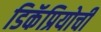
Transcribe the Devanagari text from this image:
डिकॅप्रियोची